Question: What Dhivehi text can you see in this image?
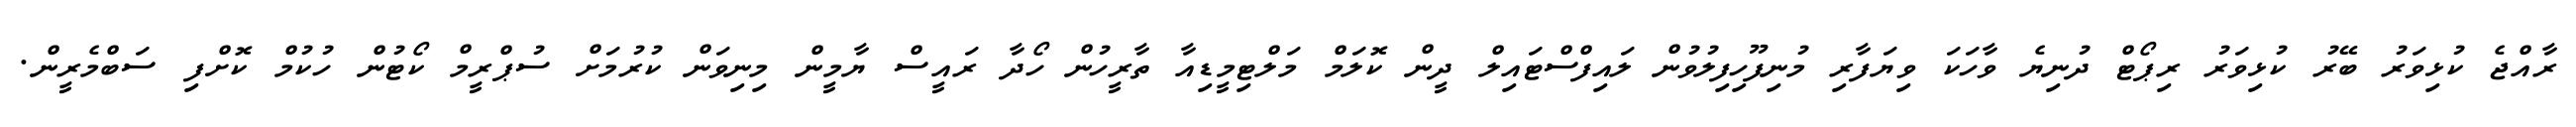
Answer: ރާއްޖެ ކުޅިވަރު ބޭރު ކުޅިވަރު ރިޕޯޓް ދުނިޔެ ވާހަކަ ވިޔަފާރި މުނިފޫހިފިލުވުން ލައިފްސްޓައިލް ދީން ކޮލަމް މަލްޓިމީޑިއާ ތާރީހުން ހޯދާ ރައީސް ޔާމީން މިނިވަން ކުރުމަށް ސުޕްރީމް ކޯޓުން ހުކުމް ކޮށްފި ސަބްމެރީން.